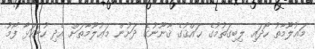
މަޢުލޫމާތު ހޯދައި ލިބިގަތުމުގެ ޙައްޤުގެ ޤާނޫނުގެ ދަށުން މަޢުލޫމާތަށް އެދި ހުށަހަޅާ ފޯމު